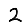
Digit: 2